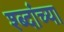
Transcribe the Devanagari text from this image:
श्ब्दांच्या